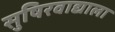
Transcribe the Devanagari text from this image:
सुषिरवाद्याला